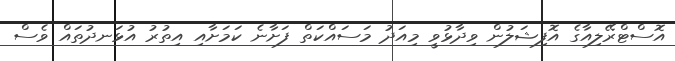
އޮސްޓްރޭލިއާގެ އޮފިޝަލުން ވިދާޅުވީ މިއަދު މަސައްކަތް ފަށާނެ ކަމަށާއި އިތުރު އުޅަނދުތައް ވެސް